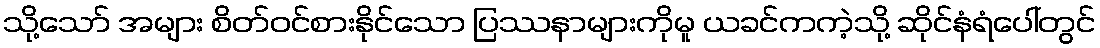
သို့သော် အများ စိတ်ဝင်စားနိုင်သော ပြဿနာများကိုမူ ယခင်ကကဲ့သို့ ဆိုင်နံရံပေါ်တွင်